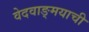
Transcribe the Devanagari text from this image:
वेदवाङ्मयाची